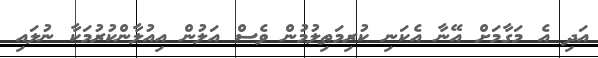
އަދި އެ މަގާމަށް އޭނާ އެކަނި ކުރިމަތިލުމުން ވެސް އަލުން އިއުލާންކުރުމަކާ ނުލައި